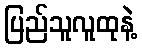
ပြည်သူလူထုနဲ့